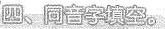
四、同音字填空。